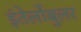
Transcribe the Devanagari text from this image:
इंतेर्लोबुलर